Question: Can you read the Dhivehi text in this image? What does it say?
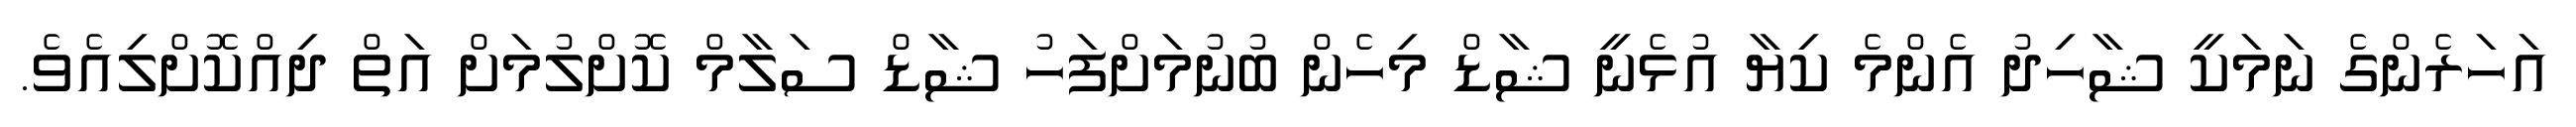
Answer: އަހަރެންގެ ނަމަކީ ޝާހިދު އެންމެ ކިޔާ އުޅެނީ ޝާޑް މިހެން ބުނުމަށްފަހު ޝާޑް ސަލާމް ކޮށްލުމަށް އަތް ދިއްކޮށްލިއެވެ.